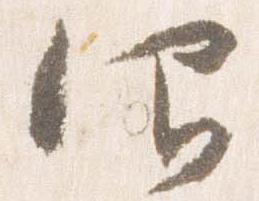
仰